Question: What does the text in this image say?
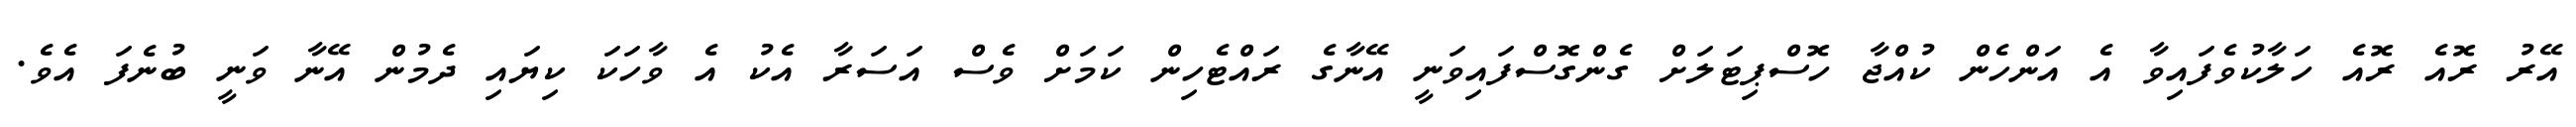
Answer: އޭރު ރޮއެ ރޮއެ ހަލާކުވެފައިވާ އެ އަންހެން ކުއްޖާ ހޮސްޕިޓަލަށް ގެންގޮސްފައިވަނީ އޭނާގެ ރައްޓެހިން ކަމަށް ވެސް އަސަރާ އެކު އެ ވާހަކަ ކިޔައި ދެމުން އޭނާ ވަނީ ބުނެފަ އެވެ.